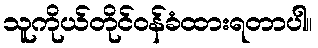
သူကိုယ်တိုင်ဝန်ခံထားရတာပါ။